Tezpur Lunatic Asylum reports 1895-1904 - 1895-1904
Year: 1895
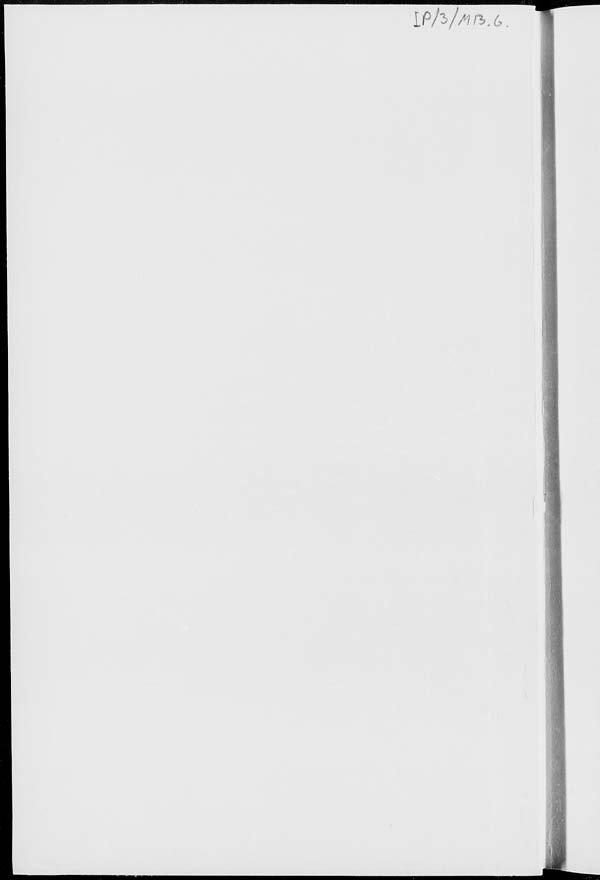
IP fa /M n>. <>